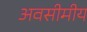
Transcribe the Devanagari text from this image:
अवसीमीय